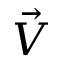
\Vec { V }